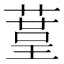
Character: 𦹒